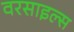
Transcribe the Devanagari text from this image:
वरसाइल्स